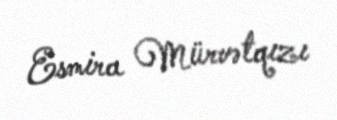
Esmira Mürvətqızı